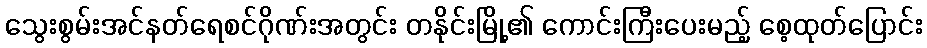
သွေးစွမ်းအင်နတ်ရေစင်ဂိုဏ်းအတွင်း တနိုင်းမြို့၏ ကောင်းကြီးပေးမည့် စေ့ထုတ်ပြောင်း